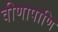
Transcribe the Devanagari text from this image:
वीणापाणि